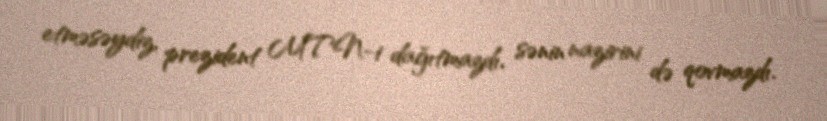
etməsəydiz, prezident MTN-i dağıtmazdı, sənin nazirini də qovmazdı.